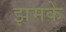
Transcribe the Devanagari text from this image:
झमके